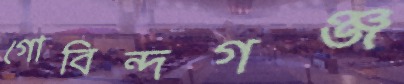
গোবিন্দগঞ্জ